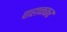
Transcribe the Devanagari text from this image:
वाहाळकर